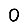
Digit: 0